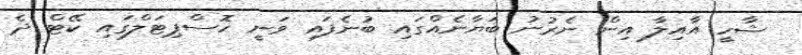
ޝާހީ އާއިލާ އިން ނެރުނު ބަޔާނެއްގައި ބުނެފައި ވަނީ ހޮސްޕިޓަލްގައި ކޭޓް ދެ